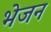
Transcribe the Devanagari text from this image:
भेजन